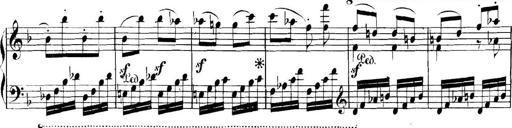
Title: Collected Piano Sonatas
Composer: Muzio Clementi